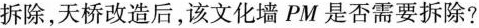
拆除，天桥改造后，该文化墙PM是否需要拆除?